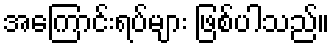
အကြောင်းရပ်များ ဖြစ်ပါသည်။